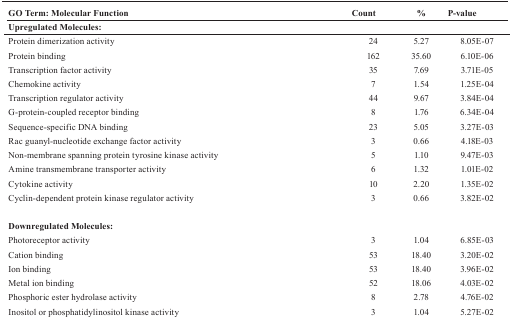
<table><thead><tr><td><b>GO Term: Molecular Function</b></td><td><b>Count</b></td><td><b>%</b></td><td><b>P-value</b></td></tr><tr><td colspan="4"><b>Upregulated Molecules:</b></td></tr></thead><tbody><tr><td>Protein dimerization activity</td><td>24</td><td>5.27</td><td>8.05E-07</td></tr><tr><td>Protein binding</td><td>162</td><td>35.60</td><td>6.10E-06</td></tr><tr><td>Transcription factor activity</td><td>35</td><td>7.69</td><td>3.71E-05</td></tr><tr><td>Chemokine activity</td><td>7</td><td>1.54</td><td>1.25E-04</td></tr><tr><td>Transcription regulator activity</td><td>44</td><td>9.67</td><td>3.84E-04</td></tr><tr><td>G-protein-coupled receptor binding</td><td>8</td><td>1.76</td><td>6.34E-04</td></tr><tr><td>Sequence-specific DNA binding</td><td>23</td><td>5.05</td><td>3.27E-03</td></tr><tr><td>Rac guanyl-nucleotide exchange factor activity</td><td>3</td><td>0.66</td><td>4.18E-03</td></tr><tr><td>Non-membrane spanning protein tyrosine kinase activity</td><td>5</td><td>1.10</td><td>9.47E-03</td></tr><tr><td>Amine transmembrane transporter activity</td><td>6</td><td>1.32</td><td>1.01E-02</td></tr><tr><td>Cytokine activity</td><td>10</td><td>2.20</td><td>1.35E-02</td></tr><tr><td>Cyclin-dependent protein kinase regulator activity</td><td>3</td><td>0.66</td><td>3.82E-02</td></tr><tr><td> </td><td> </td><td> </td><td> </td></tr><tr><td colspan="4"><b>Downregulated Molecules:</b></td></tr><tr><td>Photoreceptor activity</td><td>3</td><td>1.04</td><td>6.85E-03</td></tr><tr><td>Cation binding</td><td>53</td><td>18.40</td><td>3.20E-02</td></tr><tr><td>Ion binding</td><td>53</td><td>18.40</td><td>3.96E-02</td></tr><tr><td>Metal ion binding</td><td>52</td><td>18.06</td><td>4.03E-02</td></tr><tr><td>Phosphoric ester hydrolase activity</td><td>8</td><td>2.78</td><td>4.76E-02</td></tr><tr><td>Inositol or phosphatidylinositol kinase activity</td><td>3</td><td>1.04</td><td>5.27E-02</td></tr></tbody></table>